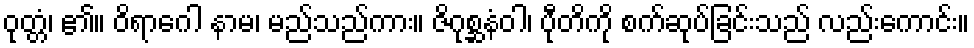
ဝုတ္တံ၊ ၏။ ဝိရာဂေါ နာမ၊ မည်သည်ကား။ ဇိဂုစ္ဆနံဝါ၊ ပီုတိကို စက်ဆုပ်ခြင်းသည် လည်းကောင်း။